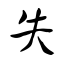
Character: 失